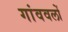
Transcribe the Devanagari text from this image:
गांववलों